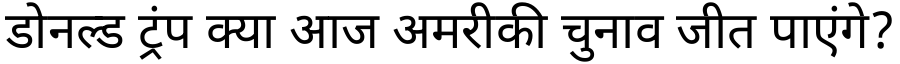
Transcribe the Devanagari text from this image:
डोनल्ड ट्रंप क्या आज अमरीकी चुनाव जीत पाएंगे?